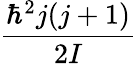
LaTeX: \frac{\hbar^{2}j(j+1)}{2I}